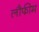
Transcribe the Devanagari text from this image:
लौफीम